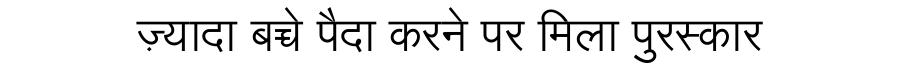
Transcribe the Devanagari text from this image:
ज़्यादा बच्चे पैदा करने पर मिला पुरस्कार